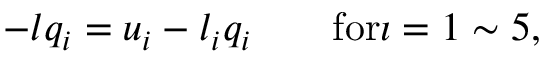
- l q _ { i } = u _ { i } - l _ { i } q _ { i } \quad \quad \mathrm { f o r } \i = 1 \sim 5 ,